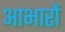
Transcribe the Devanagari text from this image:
आभारों